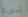
شيء